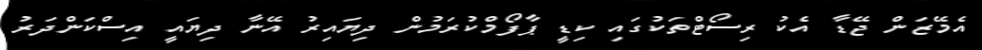
އެމޭޒަން ޖޭޑާ އެކު ރިސޯޓްތަކުގައި ކިޑީ ޕާފޯމްކުރަމުން ދިޔައިރު އޭނާ ދިޔައީ އިސްކަންދަރު